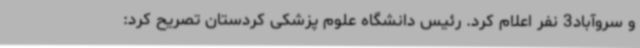
و سروآباد3 نفر اعلام کرد. رئیس دانشگاه علوم پزشکی کردستان تصریح کرد: